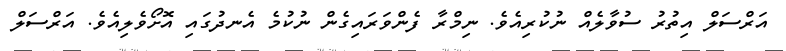
އަރްސަލް އިތުރު ސުވާލެއް ނުކުރިއެވެ. ނިމްރާ ފެންވަރައިގެން ނުކުމެ އެނދުގައި އޮށޯވެލިއެވެ. އަރްސަލް